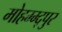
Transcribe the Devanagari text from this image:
मोहम्म्द्पुर